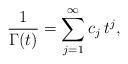
LaTeX: \begin{align*}\frac{1}{\Gamma(t)}=\sum_{j=1}^\infty c_j\,t^j, \end{align*}